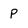
Character: p